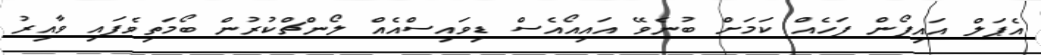
އެޕަލް އައިފޯން ފަހެއް ކަމަށް ބުނެވޭ އައިއޯއެސް ޑިވައިސްއެއް ލޯންޗްކުރުން ބޯމަތިވެފައި ވާއިރު